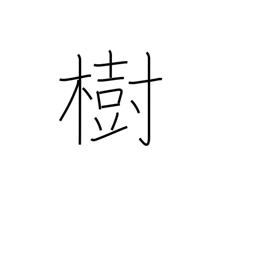
Meaning: establish